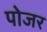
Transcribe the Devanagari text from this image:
पोजर